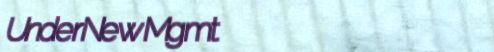
UnderNewMgmt